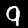
Digit: 9